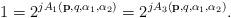
LaTeX: \begin{align*}1=2^{jA_1(\mathbf{p},q,\alpha_1,\alpha_2)}=2^{jA_3(\mathbf{p},q,\alpha_1,\alpha_2)}.\end{align*}